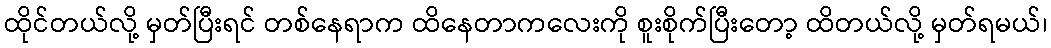
ထိုင်တယ်လို့ မှတ်ပြီးရင် တစ်နေရာက ထိနေတာကလေးကို စူးစိုက်ပြီးတော့ ထိတယ်လို့ မှတ်ရမယ်၊